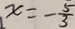
x = - \frac { 5 } { 3 }